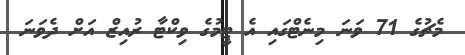
މެޗުގެ 71 ވަނަ މިނެޓްގައި އެ ޓީމުގެ ވިކްޓާ ރުއިޒް އަށް ދެވަނަ